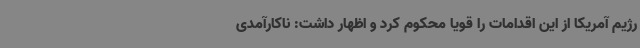
رژیم آمریکا از این اقدامات را قویاً محکوم کرد و اظهار داشت: ناکارآمدی